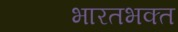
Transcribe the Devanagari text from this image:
भारतभक्त